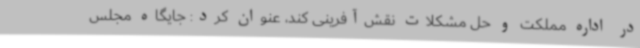
در اداره مملکت و حل مشکلات نقش‌آفرینی کند، عنوان کرد: جایگاه مجلس